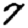
Digit: 7